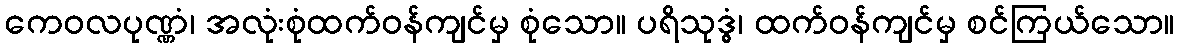
ကေဝလပုဏ္ဏံ၊ အလုံးစုံထက်ဝန်ကျင်မှ စုံသော။ ပရိသုဒ္ဓွံ၊ ထက်ဝန်ကျင်မှ စင်ကြယ်သော။